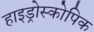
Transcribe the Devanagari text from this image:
हाइड्रोस्कोपिक